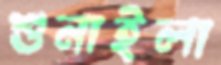
শুনাইলা